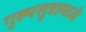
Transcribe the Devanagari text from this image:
गुह्यसुत्रामध्ये